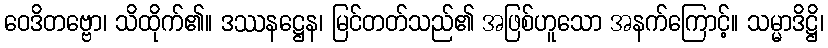
ဝေဒိတဗ္ဗော၊ သိထိုက်၏။ ဒဿနဋ္ဌေန၊ မြင်တတ်သည်၏ အဖြစ်ဟူသော အနက်ကြောင့်။ သမ္မာဒိဋ္ဌိ၊